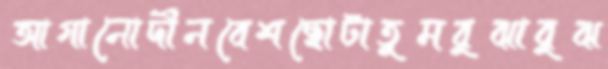
আগানোদীনবেশছোটাতুমবুঝাবুঝ